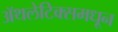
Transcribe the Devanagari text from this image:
ॲथलेटिक्समधून